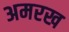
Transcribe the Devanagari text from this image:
अमरख